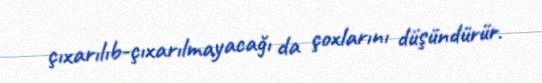
çıxarılıb-çıxarılmayacağı da çoxlarını düşündürür.